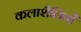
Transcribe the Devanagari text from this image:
कलाशैलियों